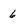
Character: 6